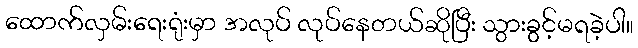
ထောက်လှမ်းရေးရုံးမှာ အလုပ် လုပ်နေတယ်ဆိုပြီး သွားခွင့်မရခဲ့ပါ။